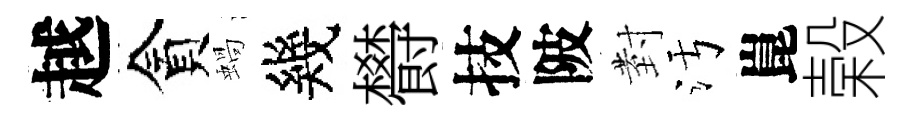
越貪蝸幾欎技陂𭔹污崑榖